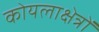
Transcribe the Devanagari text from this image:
कोयलाक्षेत्रों